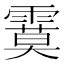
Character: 𩄻